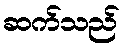
ဆက်သည်